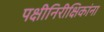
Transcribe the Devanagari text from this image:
पक्षीनिरीक्षिकांना